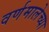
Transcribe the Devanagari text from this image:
वर्णमालेच्या